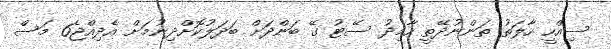
ސިއްހީ ހާލަތު ތަންނުދޭތީ ހާމިދު ސޭޓު ގޭ ބަންދަށް ބަދަލުކޮށްދިނުމަށް އެދިއްޖެ6 މަސް